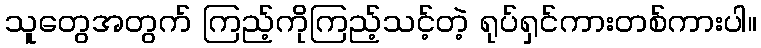
သူတွေအတွက် ကြည့်ကိုကြည့်သင့်တဲ့ ရုပ်ရှင်ကားတစ်ကားပါ။